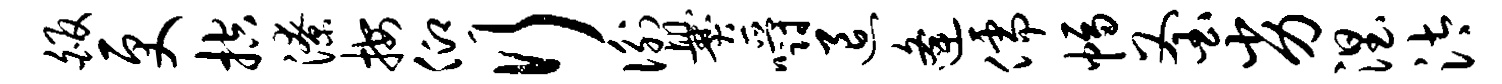
皈更控潦按仰行衡爨嚼退逄儒幅釜劣涅汰